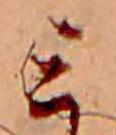
ミ